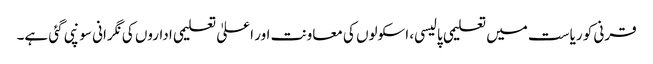
قرنی کو ریاست میں تعلیمی پالیسی، اسکولوں کی معاونت اور اعلیٰ تعلیمی اداروں کی نگرانی سونپی گئی ہے۔